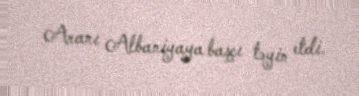
Aranı Albaniyaya başçı təyin etdi.